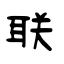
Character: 联